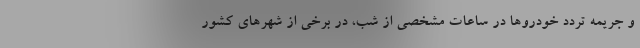
و جریمه تردد خودروها در ساعات مشخصی از شب، در برخی از شهرهای کشور